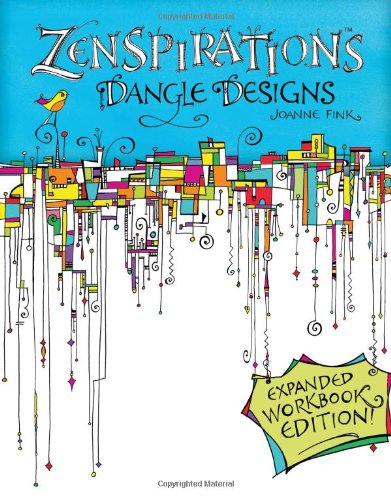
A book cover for Zenspirations Dangle Designs, Expanded Workbook Edition; Joanne Fink; Crafts, Hobbies & Home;